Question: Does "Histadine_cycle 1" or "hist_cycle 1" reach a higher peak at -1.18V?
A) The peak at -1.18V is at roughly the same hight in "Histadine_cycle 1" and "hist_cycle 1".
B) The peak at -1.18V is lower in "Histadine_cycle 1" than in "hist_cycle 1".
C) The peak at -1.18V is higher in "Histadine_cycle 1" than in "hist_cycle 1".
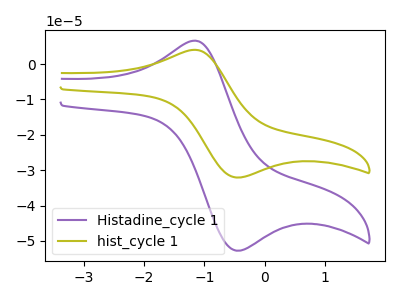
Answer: <think>The purple curve "Histadine_cycle 1" has an anodic peak at (-1.20V, 6.60uA) and a cathodic peak at (-0.50V, -52.75uA). The olive curve "hist_cycle 1" has an anodic peak at (-1.20V, 4.00uA) and a cathodic peak at (-0.50V, -32.05uA).</think>
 <answer>C) The peak at -1.18V is higher in "Histadine_cycle 1" than in "hist_cycle 1".</answer>
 <eval>C</eval>